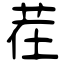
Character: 茬